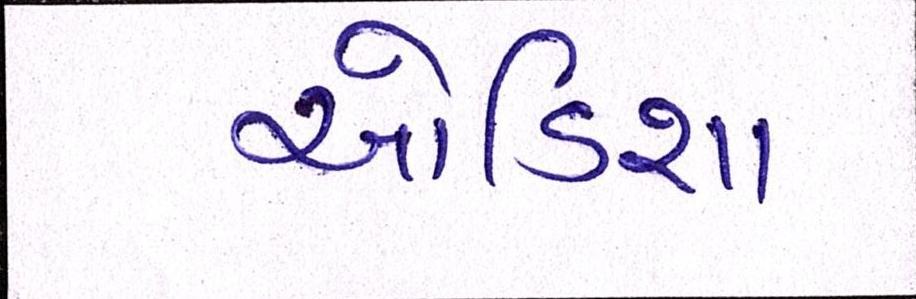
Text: ઓડિશા